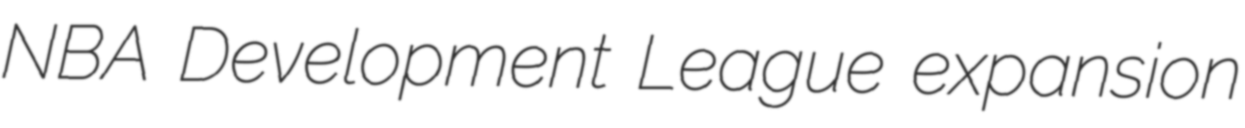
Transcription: NBA Development League expansion